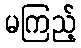
မကြည့်